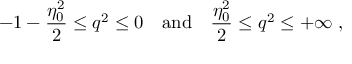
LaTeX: - 1 - { \frac { \eta _ { 0 } ^ { 2 } } { 2 } } \leq q ^ { 2 } \leq 0 \quad \mathrm { a n d } \quad { \frac { \eta _ { 0 } ^ { 2 } } { 2 } } \leq q ^ { 2 } \leq + \infty \; ,